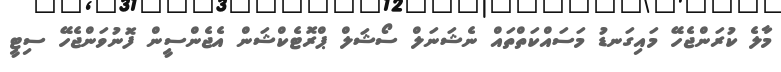
މާލެ ކުރަންޖެހޭ މައިގަނޑު މަސައްކަތްތައް ނެޝަނަލް ސޯޝަލް ޕްރޮޓެކްޝަން އެޖެންސީން ފޮނުވަންޖެހޭ ސިޓީ